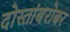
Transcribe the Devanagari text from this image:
दोस्तांबरोबर